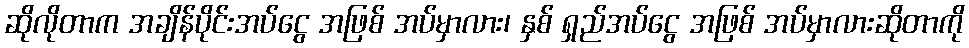
ဆိုလိုတာက အချိန်ပိုင်းအပ်ငွေ အဖြစ် အပ်မှာလား၊ နှစ် ရှည်အပ်ငွေ အဖြစ် အပ်မှာလားဆိုတာကို